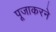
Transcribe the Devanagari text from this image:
पूजाकरने